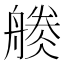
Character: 𱼾